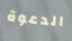
الدعوة